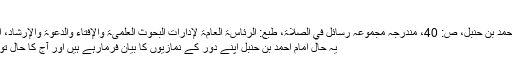
‘‘
[رسالۃ "الصلاۃ" لأحمد بن حنبل، ص: 40، مندرجہ مجموعہ رسائل في الصلاۃ، طبع: الرئاسۃ العامۃ لإدارات البحوث العلمیۃ والإفتاء والدعوۃ والإرشاد، الریاض: 1413 ھــ]
یہ حال امام احمد بن حنبل اپنے دور کے نمازیوں کا بیان فرمارہے ہیں اور آج کا حال تو بہت ہی خراب ہے۔